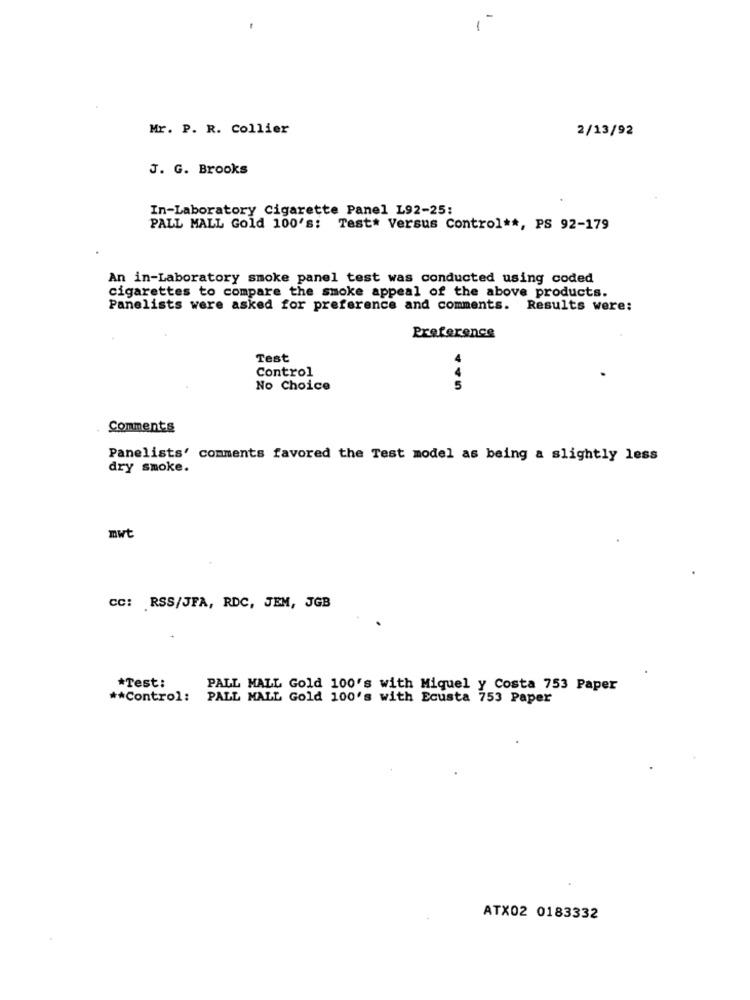
Mr. P. R. Collier
2/13/92
J. G. Brooks
In-Laboratory Cigarette Panel L92-25:
PALL MALL Gold 100's: Test* Versus Control **, PS 92-179
An in-Laboratory smoke panel test was conducted using coded
cigarettes to compare the smoke appeal of the above products.
Panelists were asked for preference and comments. Results were:
Preference
Test
Control
No Choice
Comments
Panelists' comments favored the Test model as being a slightly less
dry smoke.
mwt
cc: RSS/JFA, RDC, JEM, JGB
*Test:
PALL MALL Gold 100's with Miquel y Costa 753 Paper
** Control:
PALL MALL Gold 100's with Ecusta 753 Paper
ATX02 0183332